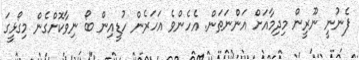
ފެނުނީ ނޫރީން މިދިމާއަށް އަންނަތަން. އެހެންވެ އަހަރެން ހުޑީއިން ބޯ ނިވާކޮށްގެން މިގޯޅީގަ